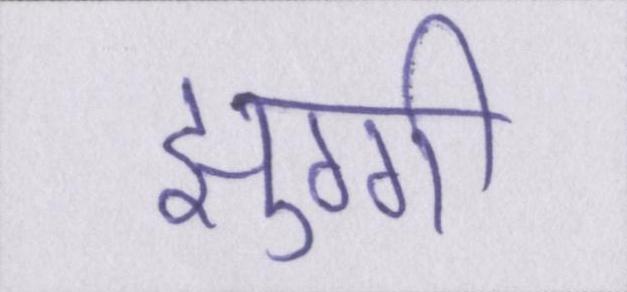
झुग्गी